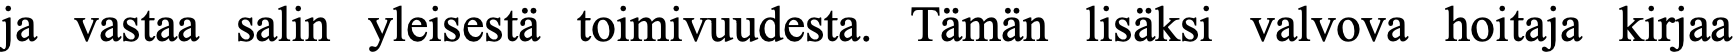
ja vastaa salin yleisestä toimivuudesta. Tämän lisäksi valvova hoitaja kirjaa